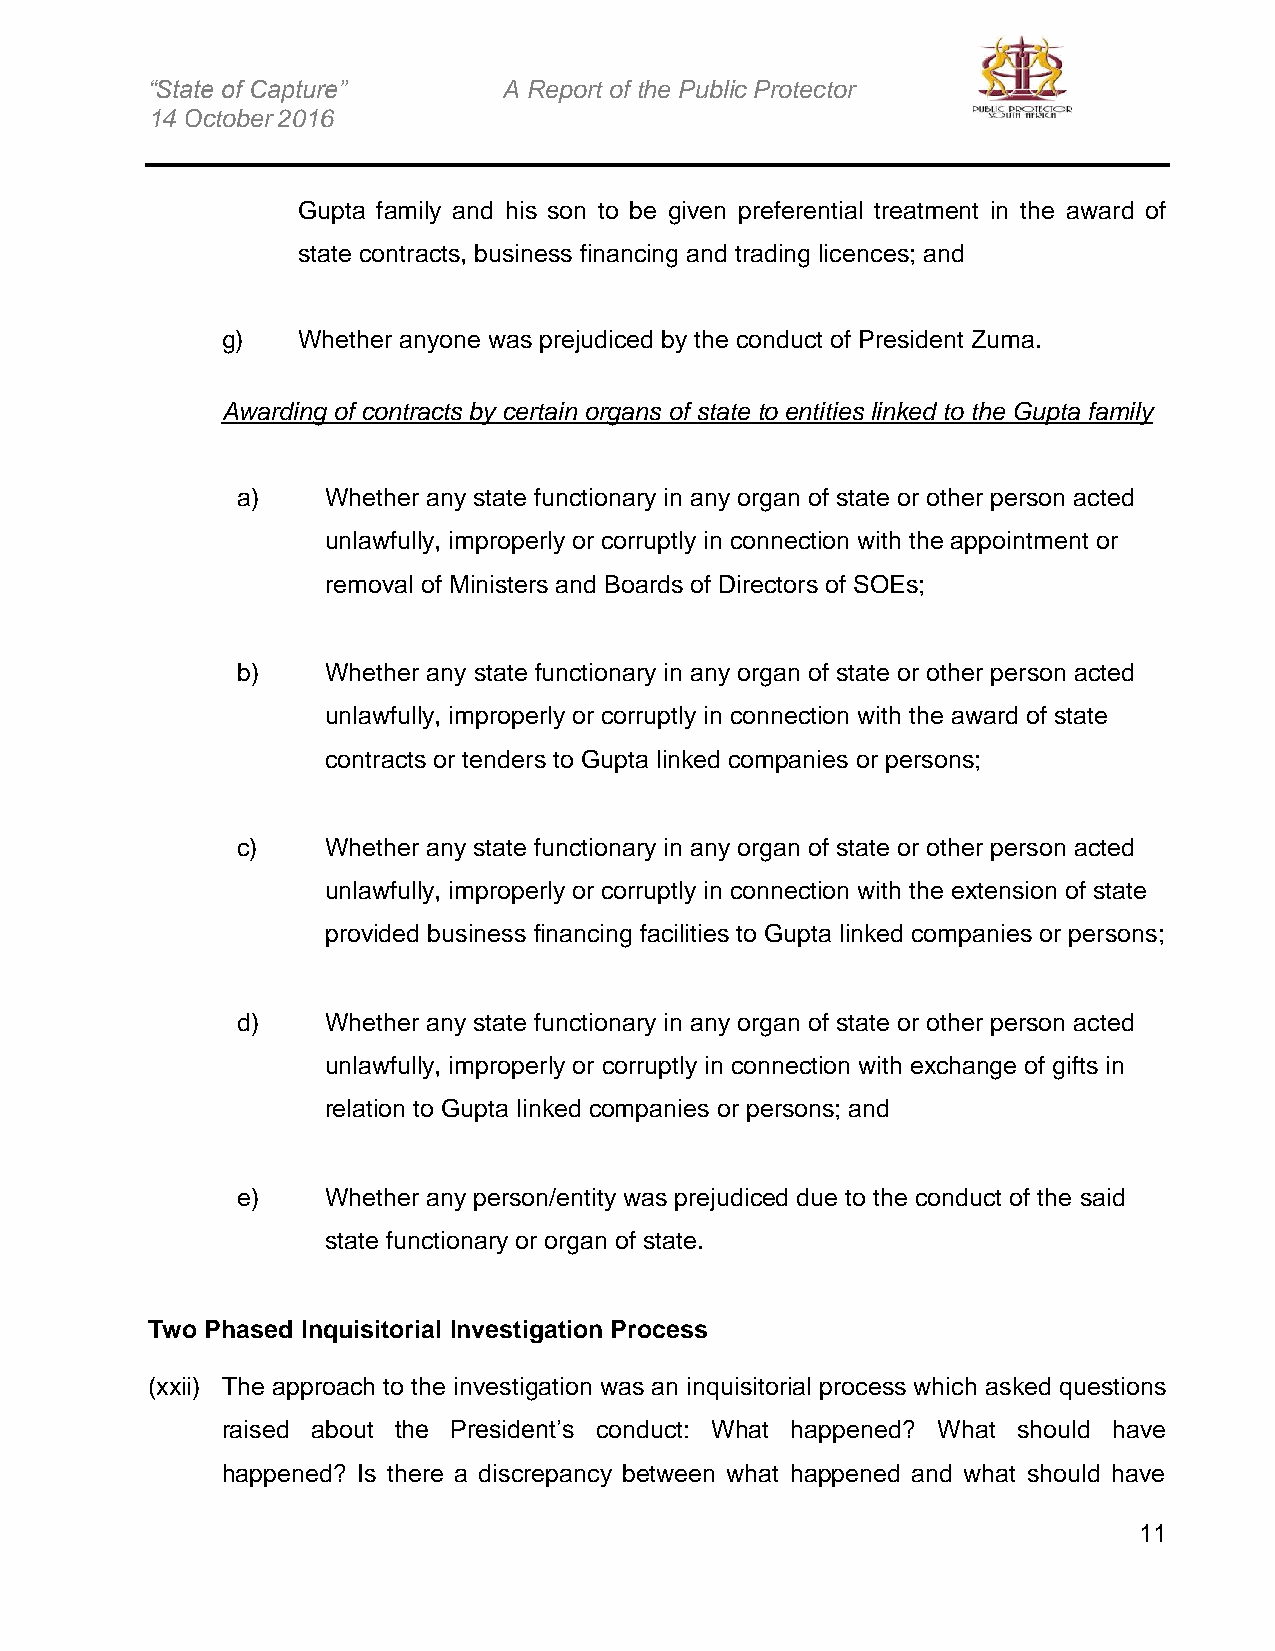
“State of Capture”     A Report of the Public Protector
 14 October 2016
 Gupta family and his son to be given preferential treatment in the award of
 state contracts, business financing and trading licences; and
 g)   Whether anyone was prejudiced by the conduct of President Zuma.
 Awarding of contracts by certain organs of state to entities linked to the Gupta family
 a)    Whether any state functionary in any organ of state or other person acted
 unlawfully, improperly or corruptly in connection with the appointment or
 removal of Ministers and Boards of Directors of SOEs;
 b)    Whether any state functionary in any organ of state or other person acted
 unlawfully, improperly or corruptly in connection with the award of state
 contracts or tenders to Gupta linked companies or persons;
 c)    Whether any state functionary in any organ of state or other person acted
 unlawfully, improperly or corruptly in connection with the extension of state
 provided business financing facilities to Gupta linked companies or persons;
 d)    Whether any state functionary in any organ of state or other person acted
 unlawfully, improperly or corruptly in connection with exchange of gifts in
 relation to Gupta linked companies or persons; and
 e)    Whether any person/entity was prejudiced due to the conduct of the said
 state functionary or organ of state.
 Two Phased Inquisitorial Investigation Process
 (xxii) The approach to the investigation was an inquisitorial process which asked questions
 raised about the President’s conduct: What happened? What should have
 happened? Is there a discrepancy between what happened and what should have
 11